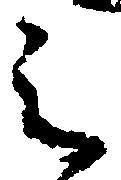
之